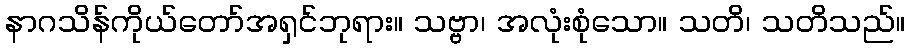
နာဂသိန်ကိုယ်တော်အရှင်ဘုရား။ သဗ္ဗာ၊ အလုံးစုံသော။ သတိ၊ သတိသည်။